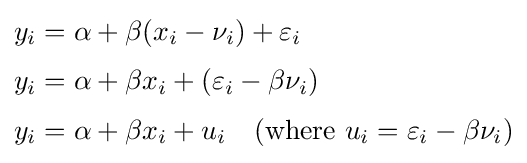
{\begin{aligned}y_{i}&=\alpha +\beta (x_{i}-\nu _{i})+\varepsilon _{i}\\[3pt]y_{i}&=\alpha +\beta x_{i}+(\varepsilon _{i}-\beta \nu _{i})\\[3pt]y_{i}&=\alpha +\beta x_{i}+u_{i}\quad ({\text{where }}u_{i}=\varepsilon _{i}-\beta \nu _{i})\end{aligned}}